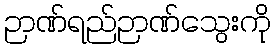
ဉာဏ်ရည်ဉာဏ်သွေးကို